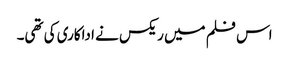
اس فلم میں ریکس نے اداکاری کی تھی۔